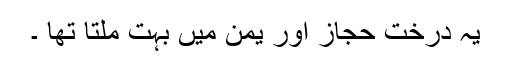
یہ درخت حجاز اور یمن میں بہت ملتا تھا ۔